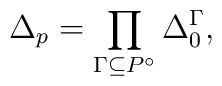
\Delta_p = \prod_{\Gamma\subseteq P^\circ} \Delta_0^\Gamma,